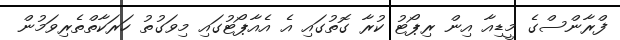
ފްރާންސްގެ މީޑިއާ އިން ރިޕޯޓު ކުރާ ގޮތުގައި އެ އެއާޕޯޓުގައި މިވަގުތު ހަރަކާތްތެރިވަމުން